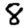
Digit: 8